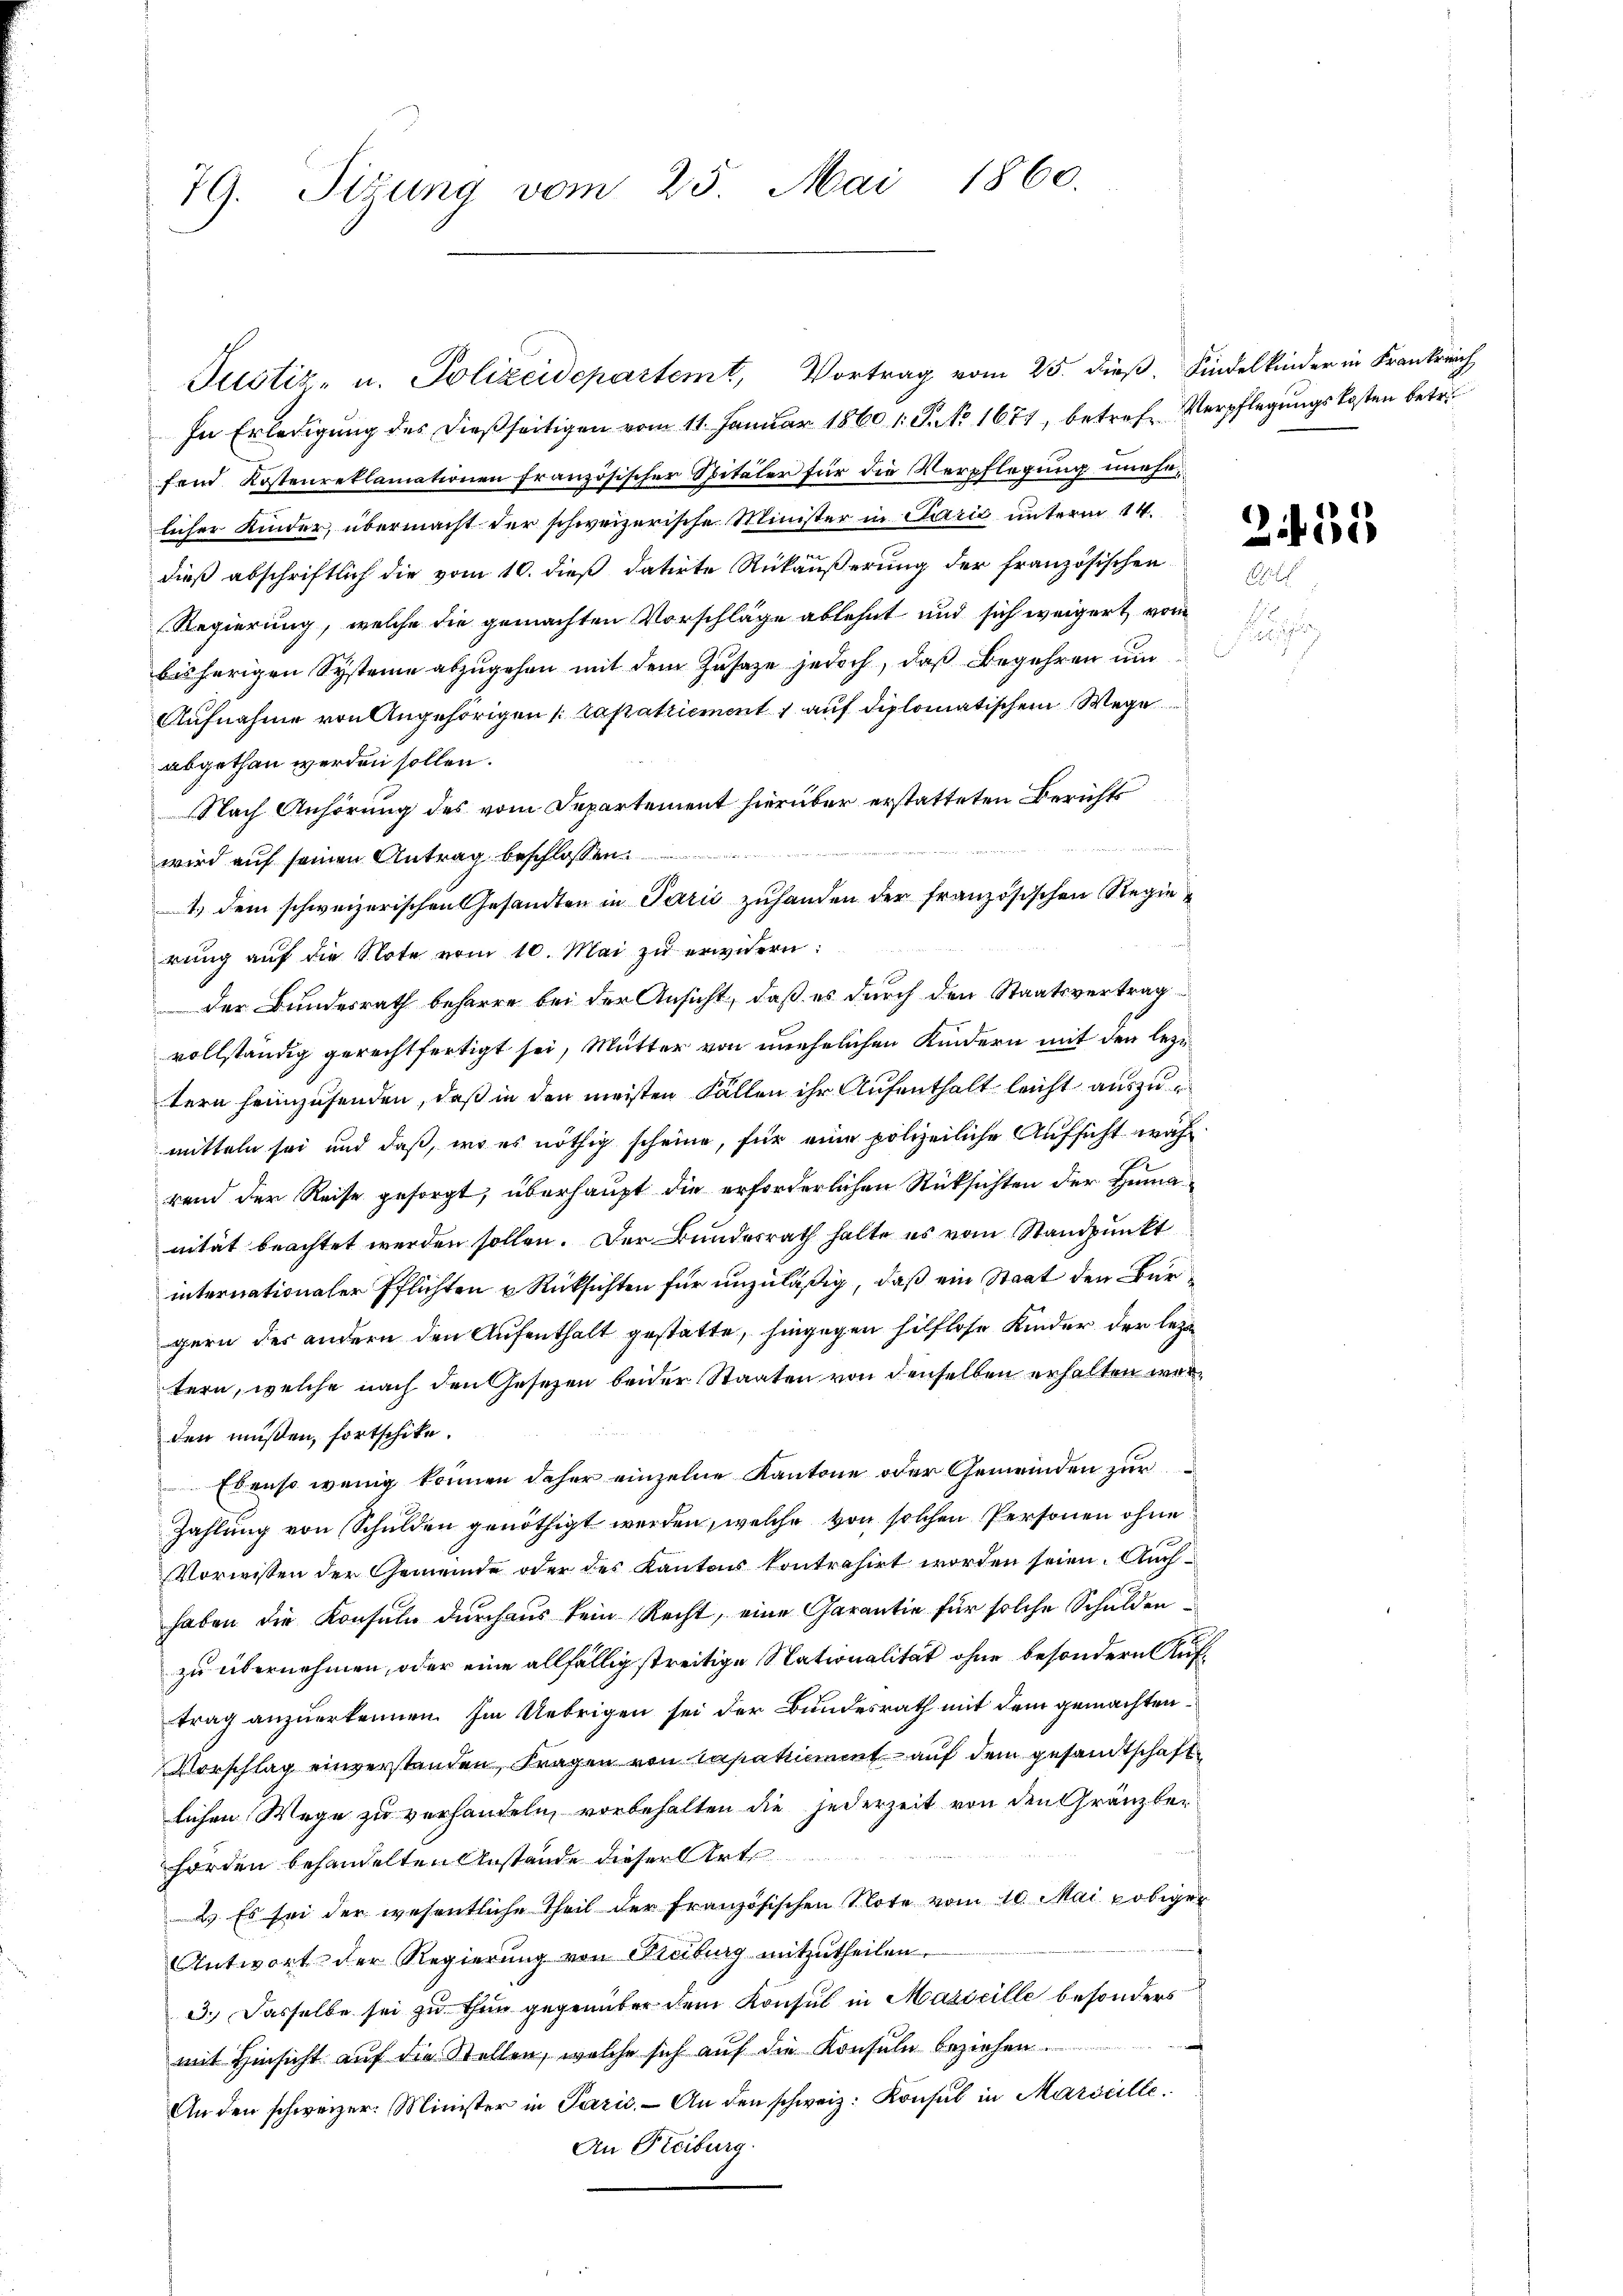
Tizung vom 25. Mai 1860.
19.

Justiz- u. Polizeidepartemt, Vortrag vom 25. dieß. Kindelkinder in Frankreich
In Erledigung des dießseitigen vom 11. Januar 1860 1: P. No 1671, betref Verpflegungskosten betr.
fend Kostenreklamationen französischer Spitaler für die Verpflegung meselicher Kinder, übermacht der schweizerische Minister in Perić unterm 14.
dieß abschriftlich die vom 10. dieß datirte Rükäußerung der französischen
Regierung, welche die gemachten Vorschläge ablehnt und sich weigert, vom
bisherigen Systeme abzugehen mit dem Zusaze jedoch, daß Begehren um
Aufnahme von Angehörigen (Tapatriement auf diplomatischem Wege
abgethan werden sollen.
Nach Anhörung des vom Departement hierüber erstatteten Berichts
wird auf seinen Antrag beschlos
A. dem schweizerischen Gesandten in Parić zuhanden der französischen Regierŭng aŭf die Note vom 10. Mai zŭ erwidern:
der Bundesrath beharre bei der Ansicht, daß es durch den Staatsvertrag
vollständig gerechtfertigt sei, Mutter von unehelichen Kindern mit den lezitern heimzusenden, daß in den meisten Fällen ihr Aufenthalt leicht auszumitteln sei und daß, wo es nöthig scheine, für eine polizeiliche Aufsicht wahrend der Reise gesorgt, überhaupt die erforderlichen Rücksichten der Humanität beachtet werden sollen. Der Bundesrath halte es vom Standpunkt
internationaler Pflichten u Rücksichten für unzuläßig, daß ein Staat den Bargern des andern den Aufenthalt gestatte, hingegen hilflose Kinder der leitern, welche nach den Gesezen beider Staaten von denselben erhalten werden müßen, fortschike.
Ebenso wenig können daher einzelne Kantone oder Gemeinden zur
Zahlung von Schulden genöthigt werden, welche von solchen Personen ohne
Vorwissen der Gemeinde oder des Kantons kontrahirt worden seien. Auch
haben die Konsuln durchaus kein Recht, eine Garantie für solche Schuldenzu übernehmen, oder eine allfällig streitige Nationalität ohne besondern Auftrag anzuerkennen. Im Uebrigen sei der Bundesrath mit dem gemachten
Vorschlag einverstanden, Fragen von Capakiment auf dem gesandtschaftlichen Wege zu verhandeln, vorbehalten die jederzeit von den Gränzber
hörden behandelten Anstände dieser Art
2.) Es sei der wesentliche Theil der Französischen Note vom 10. Mai p obiger
Antwort der Regierung von Freiburg mitzŭtheilen.
3. Dasselbe sei zu thun gegenüber dem Konsul in Masseille besonders
mit Hinsicht auf die Stellen, welche sich auf die Konsuln beziehen.
An den schweizer. Minister in Parić. An den schweiz. Konsul in Marseille.
An Freiburg.

251